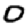
Digit: 0